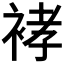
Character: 𰳽